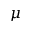
\mu